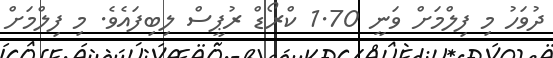
ދުވަހު މި ފިލްމަށް ވަނީ 1.70 ކްރޯޑް ރުޕީސް ލިބިފައެވެ. މި ފިލްމަށް